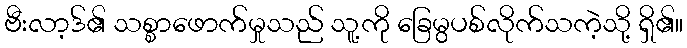
ဗီးလာ့ဒ်၏ သစ္စာဖောက်မှုသည် သူ့ကို ခြေမွပစ်လိုက်သကဲ့သို့ ရှိ၏။